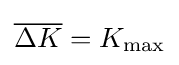
{\overline {\Delta K}}=K_{\text{max}}